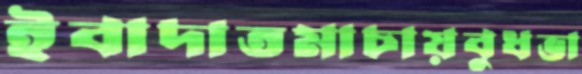
ইবাদাতমাচায়বুধভা